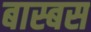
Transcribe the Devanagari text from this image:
बास्बस